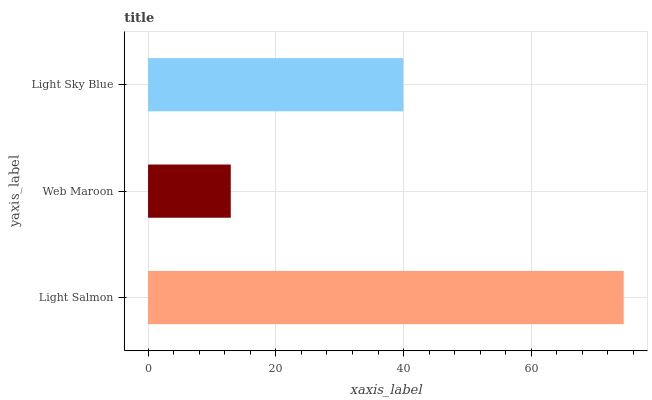
| yaxis_label | bars |
 | --- | --- |
 | Light Salmon | 74.5 |
 | Web Maroon | 13 |
 | Light Sky Blue | 40 |